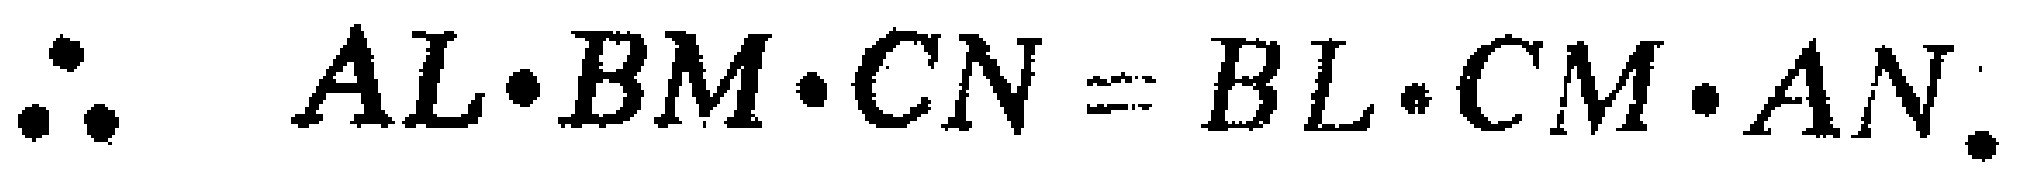
\(\therefore AL\cdot BM\cdot CN = BL\cdot CM\cdot AN.\)